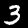
Digit: 3